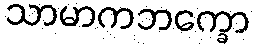
သာမာကဘက္ခော